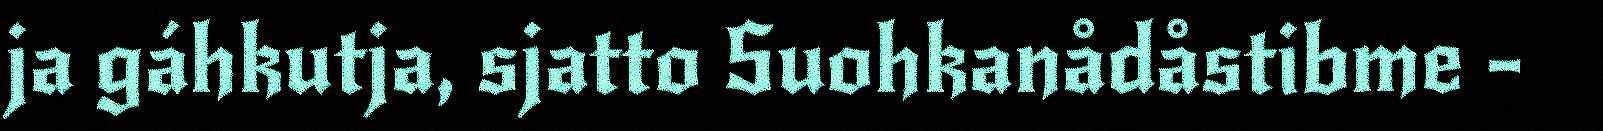
ja gáhkutja, sjatto Suohkanådåstibme -